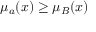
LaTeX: \mu _ { a } ( x ) \geq \mu _ { B } ( x )